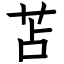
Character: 苫